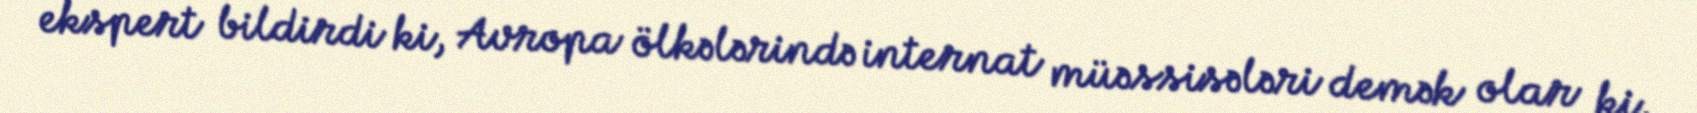
ekspert bildirdi ki, Avropa ölkələrində internat müəssisələri demək olar ki,